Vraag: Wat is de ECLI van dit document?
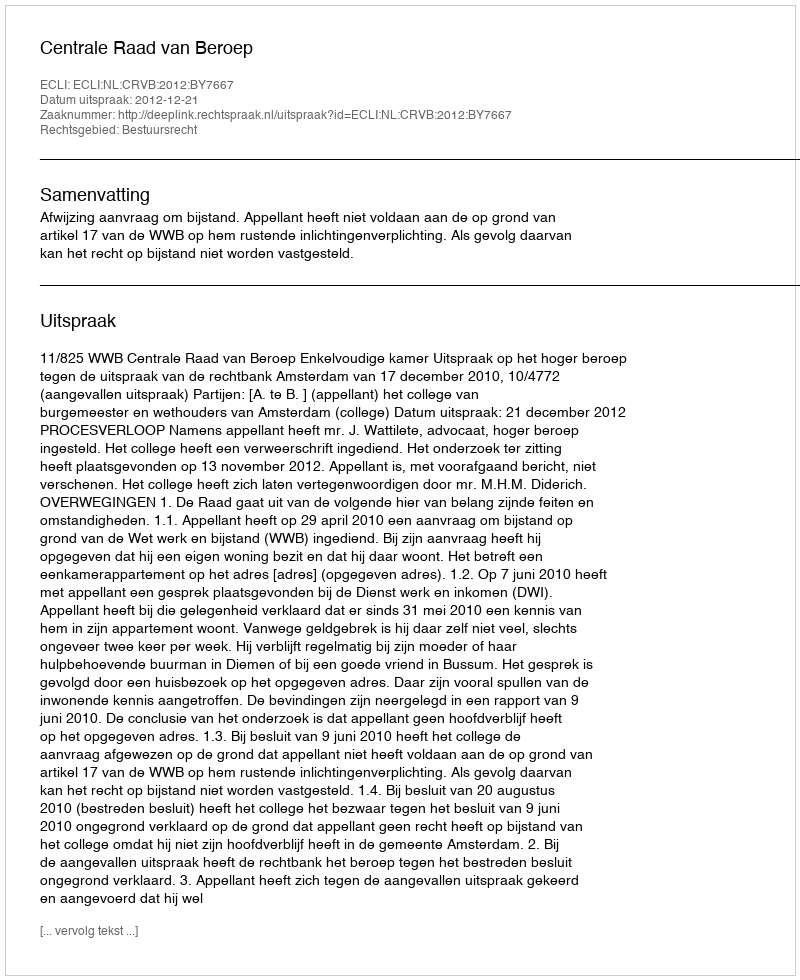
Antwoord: ECLI:NL:CRVB:2012:BY7667